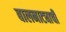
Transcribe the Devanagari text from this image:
बालनाट्याची